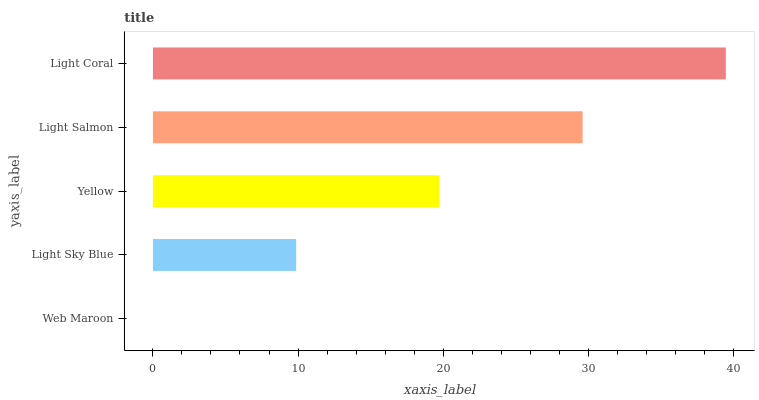
| yaxis_label | bars |
 | --- | --- |
 | Web Maroon | 0 |
 | Light Sky Blue | 9.87 |
 | Yellow | 19.7 |
 | Light Salmon | 29.6 |
 | Light Coral | 39.5 |